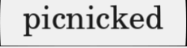
picnicked